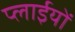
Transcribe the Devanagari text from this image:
प्लाईयों